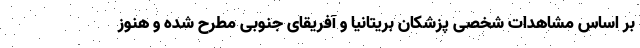
بر اساس مشاهدات شخصی پزشکان بریتانیا و آفریقای جنوبی مطرح شده و هنوز